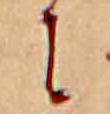
に